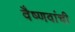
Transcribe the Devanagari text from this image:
वैष्णवांची